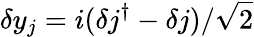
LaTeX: \delta y_{j}=i(\delta j^{\dagger}-\delta j)/\sqrt{2}